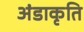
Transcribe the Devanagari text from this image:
अंडाकृति